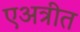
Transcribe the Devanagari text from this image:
एअत्रीत